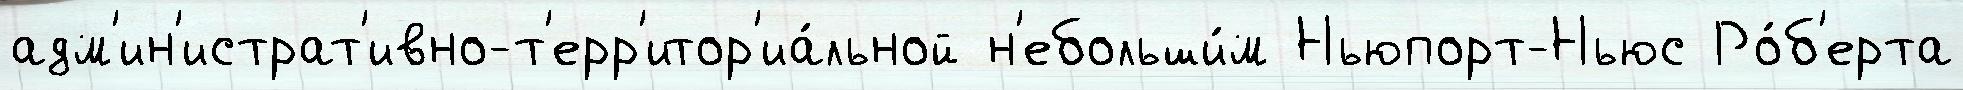
адм'ин'истрат'ивно-т'ерр'итор'иа́льной н'ебольши́м Ньюпорт-Ньюс Ро́б'ерта